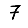
Digit: 7